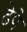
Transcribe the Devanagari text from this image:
ढेपे